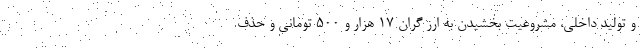
و تولید داخلی، مشروعیت بخشیدن به ارز گران ۱۷ هزار و ۵۰۰ تومانی و حذف